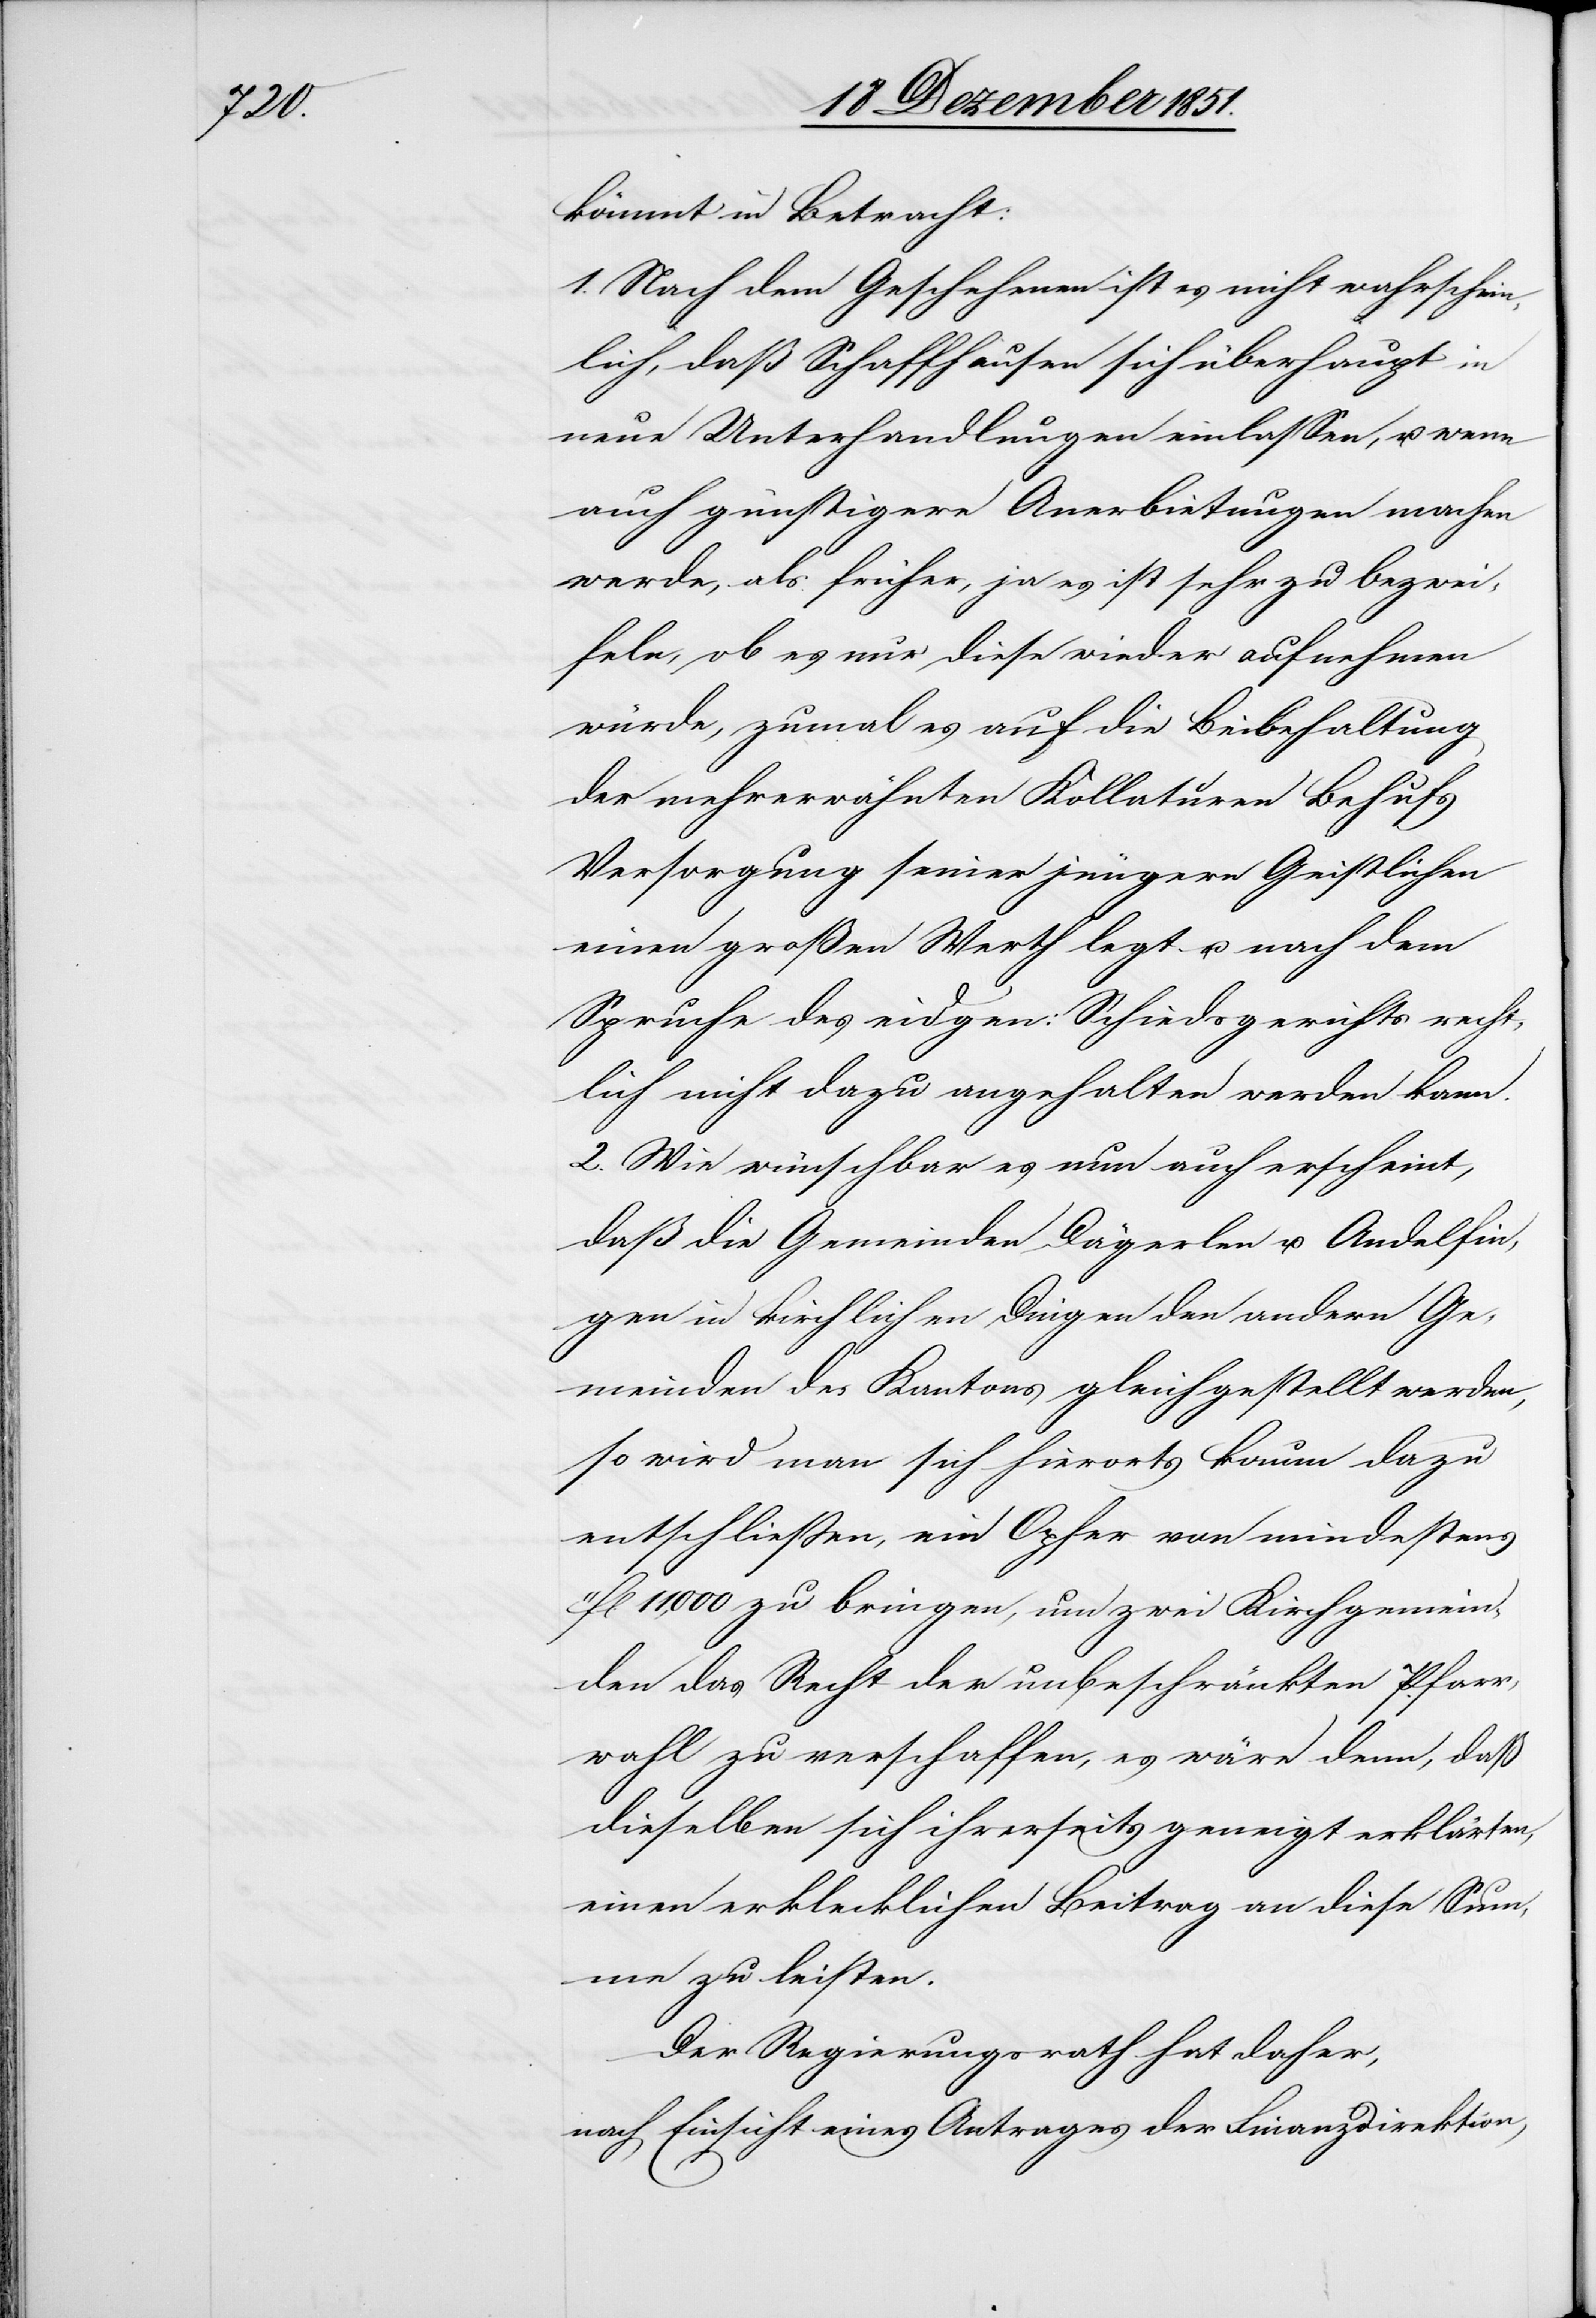
kömmt in Betracht:
1. Nach dem Geschehenen ist es nicht wahrschein¬
lich, daß Schaffhausen sich überhaupt in
neue Unterhandlungen einlassen, u. wenn
auch günstigere Anerbietungen machen
werde, als früher, ja es ist sehr zu bezwei¬
feln, ob es nur diese wieder aufnehmen
würde, zumal es auf die Beibehaltung
der mehrerwähnten Kollaturen Behufs
Versorgung seiner jüngern Geistlichen
einen großen Werth legt u. nach dem
Spruche des eidgen: Schiedsgerichts recht¬
lich nicht dazu angehalten werden kann.
2. Wie wünschbar es nun auch erscheint,
daß die Gemeinden Dägerlen u. Andelfin¬
gen in kirchlichen Dingen den andern Ge¬
meinden des Kantons gleichgestellt werden,
so wird man sich hierorts kaum dazu
entschließen, ein Opfer von mindestens
11fl 11,000 zu bringen, um zwei Kirchgemein¬
den das Recht der unbeschränkten Pfarr¬
wahl zu verschaffen, es wäre denn, daß
dieselben sich ihrerseits geneigt erklärten,
einen erklecklichen Beitrag an diese Sum¬
me zu leisten.
Der Regierungsrath hat daher,
nach Einsicht eines Antrages der Finanzdirektion,